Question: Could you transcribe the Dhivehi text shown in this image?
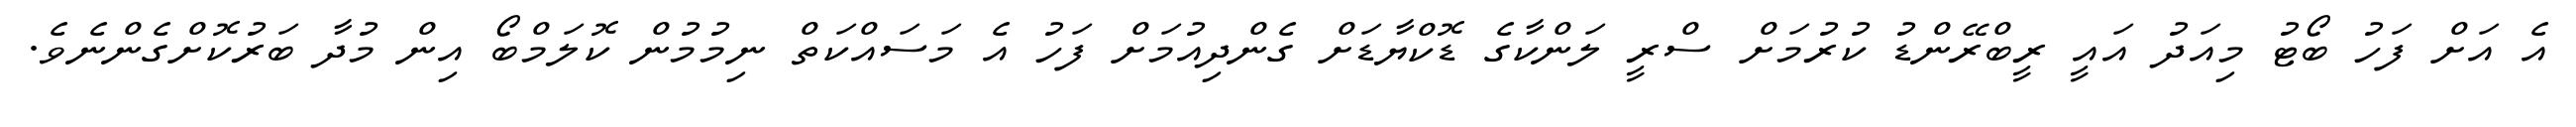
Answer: އެ އަށް ފަހު ބޯޓު މިއަދު އައީ ރީބްރޭންޑު ކުރުމަށް ސްރީ ލަންކާގެ ޑޮކްޔާޑަށް ގެންދިއުމަށް ފަހު އެ މަސައްކަތް ނިމުމުން ކޮލަމްބޯ އިން މުދާ ބަރުކޮށްގެންނެވެ.